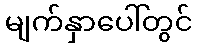
မျက်နှာပေါ်တွင်